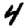
Digit: 4